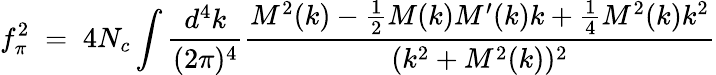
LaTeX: f_{\pi}^{2}\; =\; 4N_{c}\int\frac{d^{4}k}{(2\pi)^{4}}\frac{M^{2}(k)-\frac 12M(k)M^{\prime}(k)k+\frac 14M^{2}(k)k^{2}}{(k^{2}+M^{2}(k))^{2}}